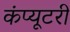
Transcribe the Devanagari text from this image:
कंप्यूटरी